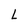
Character: L